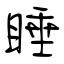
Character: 睡